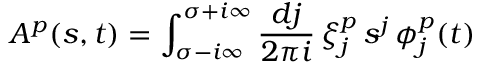
A _ { } ^ { p } ( s , t ) = \int _ { \sigma - i \infty } ^ { \sigma + i \infty } \frac { d j } { 2 \pi i } \, \xi _ { j } ^ { p } \, s _ { } ^ { j } \, \phi _ { j } ^ { p } ( t )